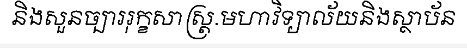
និងសួនច្បាររុក្ខសាស្ត្រ.មហាវិទ្យាល័យនិងស្ថាប័ន